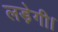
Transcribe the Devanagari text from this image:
लड़ेगी।